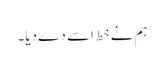
ہم نے خط اسے دے دیا۔